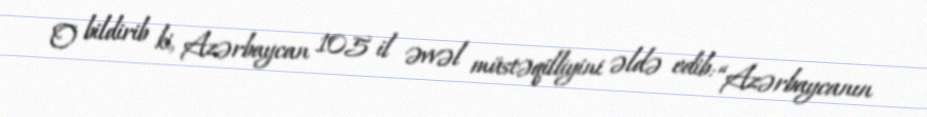
O bildirib ki, Azərbaycan 105 il əvvəl müstəqilliyini əldə edib: “Azərbaycanın